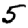
Digit: 5